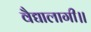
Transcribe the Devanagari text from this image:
वैद्यालागी॥